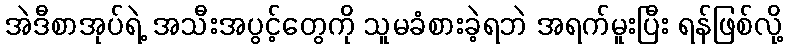
အဲဒီစာအုပ်ရဲ့ အသီးအပွင့်တွေကို သူမခံစားခဲ့ရဘဲ အရက်မူးပြီး ရန်ဖြစ်လို့